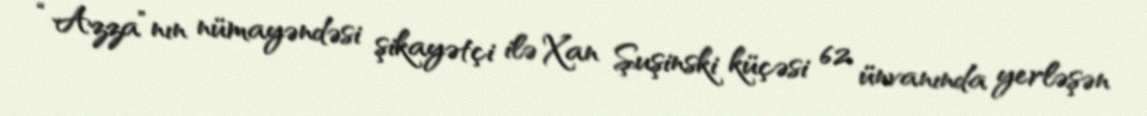
“Azza”nın nümayəndəsi şikayətçi ilə Xan Şuşinski küçəsi 62 ünvanında yerləşən